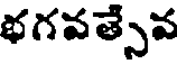
భగవత్సేవ